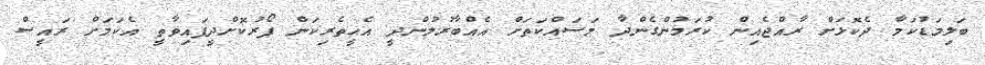
ބަލިމަޑުކަމާ ދެކޮޅަށް ރާއްޖެއިން ކުރަމުންގެންދާ މަސައްކަތަށް އެއްބާރުލުންދީ އެހީތެރިކަން ފޯރުކޮށްދީފައިވާތީ އެކަމަށް ރައީސް